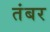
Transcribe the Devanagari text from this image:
तंबर